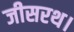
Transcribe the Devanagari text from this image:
जीसरथ।